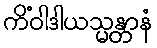
ကိံဝါဒါယသ္မန္တာနံ